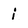
Character: i